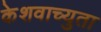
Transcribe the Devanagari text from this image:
केेशवाच्युता